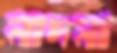
নাদনা